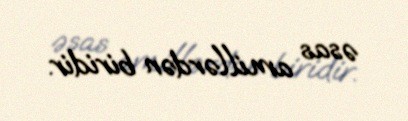
əsas amillərdən biridir.